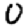
Digit: 0